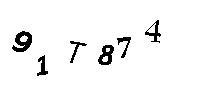
91T874